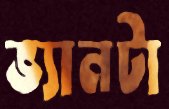
ভ্যানটা